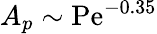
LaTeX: A_{p}\sim\mathrm{Pe}^{-0.35}